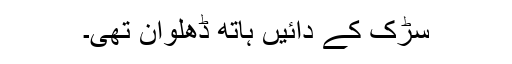
سڑک کے دائیں ہاتھ ڈھلوان تھی۔